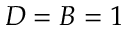
D = B = 1